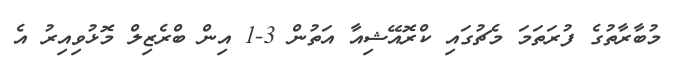
މުބާރާތުގެ ފުރަތަމަ މެޗުގައި ކްރޮއޭޝިއާ އަތުން 3-1 އިން ބްރެޒިލް މޮޅުވިއިރު އެ